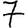
Digit: 7